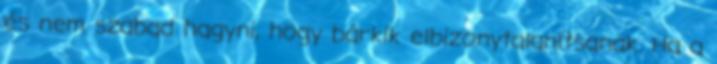
és nem szabad hagyni, hogy bárkik elbizonytalanítsanak. Ha a